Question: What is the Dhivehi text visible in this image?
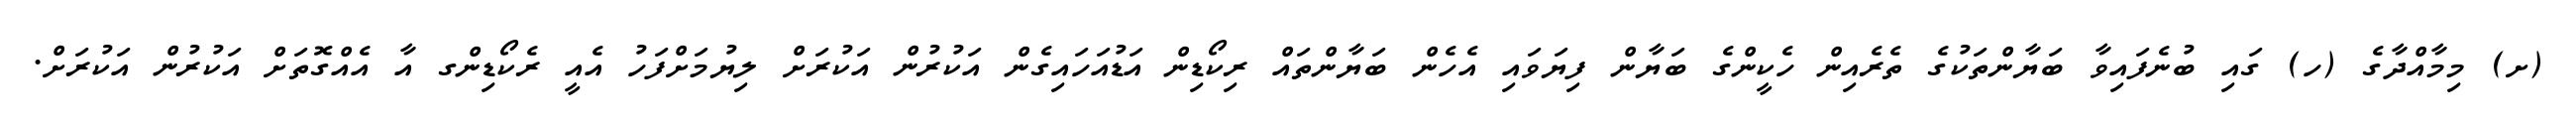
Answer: (ށ) މިމާއްދާގެ (ހ) ގައި ބުނެފައިވާ ބަޔާންތަކުގެ ތެރެއިން ހެކީންގެ ބަޔާން ފިޔަވައި އެހެން ބަޔާންތައް ރިކޯޑިން އަޑުއަހައިގެން އަކުރުން އަކުރަށް ލިޔުމަށްފަހު އެއީ ރެކޯޑިންގ އާ އެއްގޮތަށް އަކުރުން އަކުރަށް.